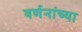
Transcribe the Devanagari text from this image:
वर्णनांच्या